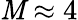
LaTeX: \mathit{M}\approx4